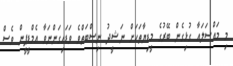
މި މައްސަލައާ ގުޅިގެން ބޭރުގެ މީޑިޔާތަކަށް ނަޝީދު ނިސްބަތްވެ ވަޑައިގަންނަވާ އެމްޑީޕީން ވެސް